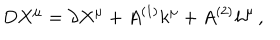
D X ^ { \mu } = \partial X ^ { \mu } + A ^ { ( 1 ) } k ^ { \mu } + A ^ { ( 2 ) } h ^ { \mu } \, ,